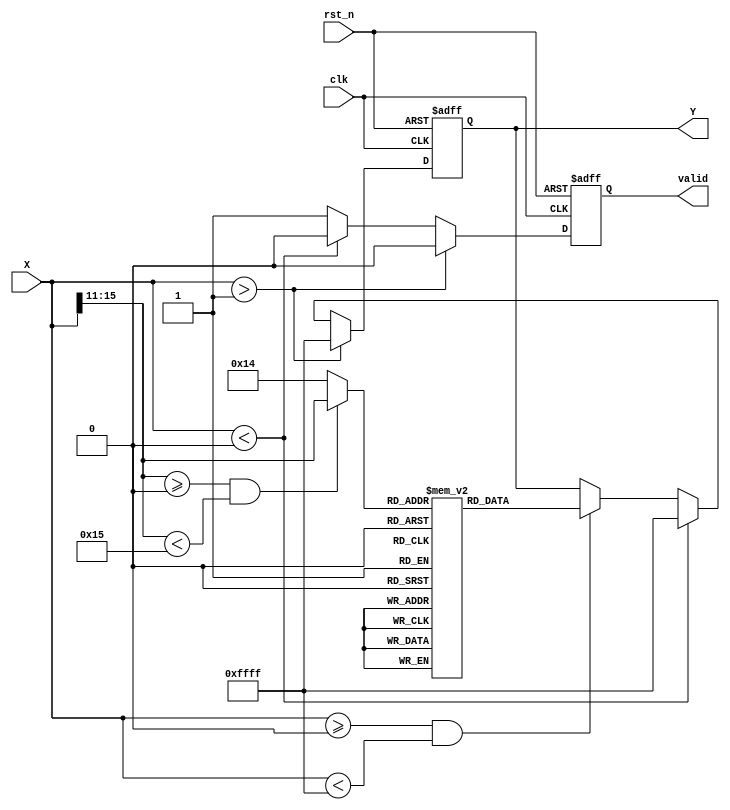
module acos_block (
    input wire clk,
    input wire rst_n,
    input wire [15:0] X, // Cosine value in fixed-point format, range: [0, 1] (scaled)
    output reg [15:0] Y,  // Output angle in radians in fixed-point format
    output reg valid      // Output valid signal
);
    
    // Lookup table for acos values (in fixed-point representation)
    // Note: The values below are approximated for simplicity
    reg [15:0] lut [0:20]; // Lookup table for acos from 0 to 20 entries
    initial begin
        lut[0] = 16'h0000; // acos(1) = 0
        lut[1] = 16'h1C71; // acos(0.9) ~ 0.451
        lut[2] = 16'h1A7D; // acos(0.8) ~ 0.644
        lut[3] = 16'h177F; // acos(0.7) ~ 0.795
        lut[4] = 16'h1548; // acos(0.6) ~ 0.927
        lut[5] = 16'h12A3; // acos(0.5) ~ 1.047
        lut[6] = 16'h0F90; // acos(0.4) ~ 1.159
        lut[7] = 16'h0C60; // acos(0.3) ~ 1.249
        lut[8] = 16'h0869; // acos(0.2) ~ 1.369
        lut[9] = 16'h0451; // acos(0.1) ~ 1.471
        lut[10] = 16'h0000; // acos(0) = /2 ~ 1.5708
        lut[11] = 16'hFBAF; // acos(-0.1) ~ 1.670
        lut[12] = 16'hF9A5; // acos(-0.2) ~ 1.791
        lut[13] = 16'hF6C9; // acos(-0.3) ~ 1.892
        lut[14] = 16'hF414; // acos(-0.4) ~ 2.034
        lut[15] = 16'hF2A2; // acos(-0.5) ~ 2.094
        lut[16] = 16'hF099; // acos(-0.6) ~ 2.214
        lut[17] = 16'hEE80; // acos(-0.7) ~ 2.356
        lut[18] = 16'hE98F; // acos(-0.8) ~ 2.486
        lut[19] = 16'hE759; // acos(-0.9) ~ 2.690
        lut[20] = 16'hE000; // acos(-1) =  ~ 3.14159
    end

    // Internal signals
    reg [4:0] index; // Index for the LUT
    reg [31:0] interp_value; // For interpolation
    
    // Control logic
    always @(posedge clk or negedge rst_n) begin
        if (!rst_n) begin
            Y <= 0;
            valid <= 0;
        end else begin
            // Check range and assign index
            if (X > 16'h1) begin
                Y <= 16'hFFFF; // Error value (input > 1)
                valid <= 0;
            end else if (X < 16'h0) begin
                Y <= 16'hFFFF; // Error value (input < -1)
                valid <= 0;
            end else begin
                valid <= 1;
                if (X >= 16'h0000 && X < 16'hFFFF) begin
                    // Determine LUT index based on input range
                    index = (X[15:11] >= 16'h0000 && X[15:11] < 21) ? X[15:11] : 20;
                    Y <= lut[index];
                end
            end
        end
    end

endmodule